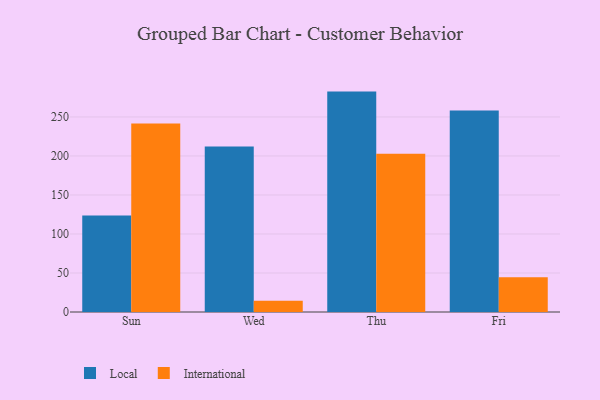
{"axis": {"x": "Day", "y": "Active Users"}, "legend": ["International", "Local"], "data": [{"x": "Sun", "y": 123.8, "type": "Local"}, {"x": "Sun", "y": 241.6, "type": "International"}, {"x": "Wed", "y": 212.2, "type": "Local"}, {"x": "Wed", "y": 14.3, "type": "International"}, {"x": "Thu", "y": 282.5, "type": "Local"}, {"x": "Thu", "y": 202.8, "type": "International"}, {"x": "Fri", "y": 258.4, "type": "Local"}, {"x": "Fri", "y": 44.4, "type": "International"}]}